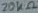
Text: 20kΩ